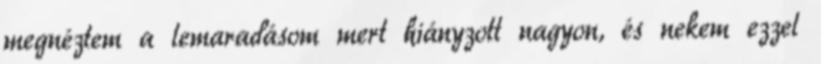
megnéztem a lemaradásom mert hiányzott nagyon, és nekem ezzel